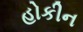
હોકીન